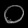
Digit: ၀